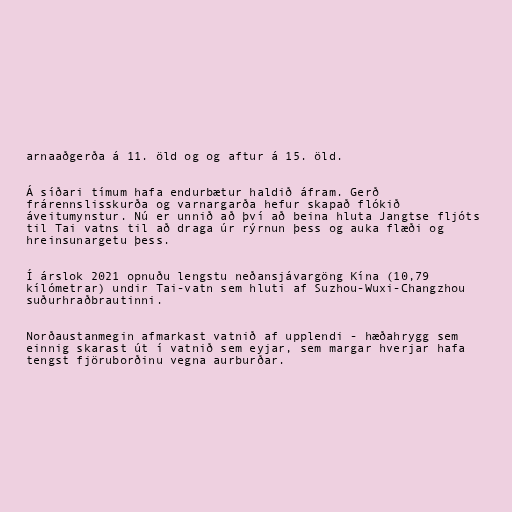
arnaaðgerða á 11. öld og og aftur á 15. öld.

Á síðari tímum hafa endurbætur haldið áfram. Gerð
frárennslisskurða og varnargarða hefur skapað flókið
áveitumynstur. Nú er unnið að því að beina hluta Jangtse fljóts
til Tai vatns til að draga úr rýrnun þess og auka flæði og
hreinsunargetu þess.

Í árslok 2021 opnuðu lengstu neðansjávargöng Kína (10,79
kílómetrar) undir Tai-vatn sem hluti af Suzhou-Wuxi-Changzhou
suðurhraðbrautinni.

Norðaustanmegin afmarkast vatnið af upplendi - hæðahrygg sem
einnig skarast út í vatnið sem eyjar, sem margar hverjar hafa
tengst fjöruborðinu vegna aurburðar.